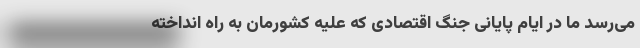
می‌رسد ما در ایام پایانی جنگ اقتصادی که علیه کشورمان به راه انداخته